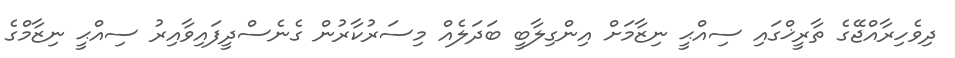
ދިވެހިރާއްޖޭގެ ތާރީޚްގައި ސިއްޙީ ނިޒާމަށް އިންގިލާބީ ބަދަލެއް މިސަރުކާރުން ގެނެސްދީފައިވާއިރު ސިއްޙީ ނިޒާމްގެ